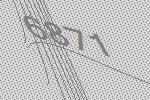
6871